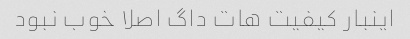
اینبار کیفیت هات داگ اصلا خوب نبود